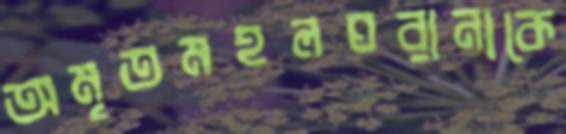
অমৃতমহলঘরানাকে